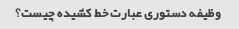
وظیفه دستوری عبارت خط کشیده چیست؟